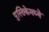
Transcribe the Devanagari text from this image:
पुस्तिकेमध्ये